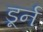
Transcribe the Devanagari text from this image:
डूर्न